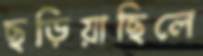
ছড়িয়াছিলে